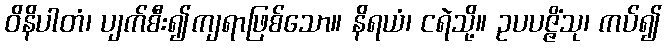
ဝိနိပါတံ၊ ပျက်စီး၍ကျရာဖြစ်သော။ နိရယံ၊ ငရဲသို့။ ဥပပဇ္ဇိံသု၊ ကပ်၍